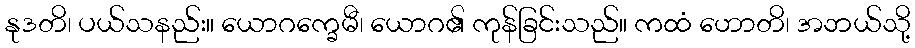
နုဒတိ၊ ပယ်သနည်း။ ယောဂက္ခေမီ၊ ယောဂ၏ ကုန်ခြင်းသည်။ ကထံ ဟောတိ၊ အဘယ်သို့